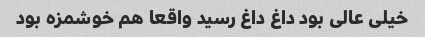
خیلی عالی بود داغ داغ رسید واقعا هم خوشمزه بود